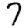
Digit: 7